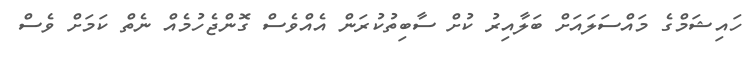
ހައިޝަމްގެ މައްސަލައަށް ބަލާއިރު ކުށް ސާބިތުކުރަން އެއްވެސް ގޮންޖެހުމެއް ނެތް ކަމަށް ވެސް